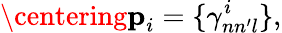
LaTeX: \centering\textbf{p}_{i}=\{ \gamma_{nn^{\prime}l}^{i}\} ,